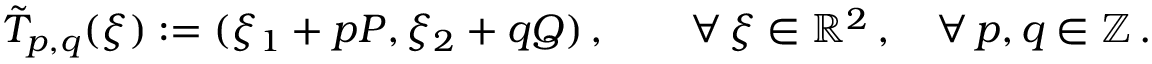
\tilde { T } _ { p , q } ( \boldsymbol { \xi } ) : = ( \xi _ { 1 } + p P , \xi _ { 2 } + q Q ) \, , \qquad \forall \, \boldsymbol { \xi } \in \mathbb { R } ^ { 2 } \, , \quad \forall \, p , q \in \mathbb { Z } \, .